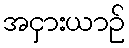
အငှားယာဉ်